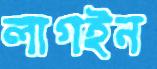
লাগইন